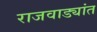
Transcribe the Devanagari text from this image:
राजवाड्यांत